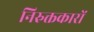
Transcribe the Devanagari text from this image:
निरुक्तकारों